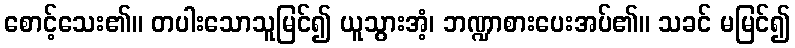
စောင့်သေး၏။ တပါးသောသူမြင်၍ ယူသွားအံ့၊ ဘဏ္ဍာစားပေးအပ်၏။ သခင် မမြင်၍